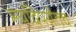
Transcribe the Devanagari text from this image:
मर्यादेपर्यंतच